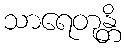
သာရေတုန္တိ